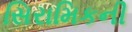
સિરામિકની